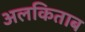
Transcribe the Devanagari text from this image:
अलकिताब